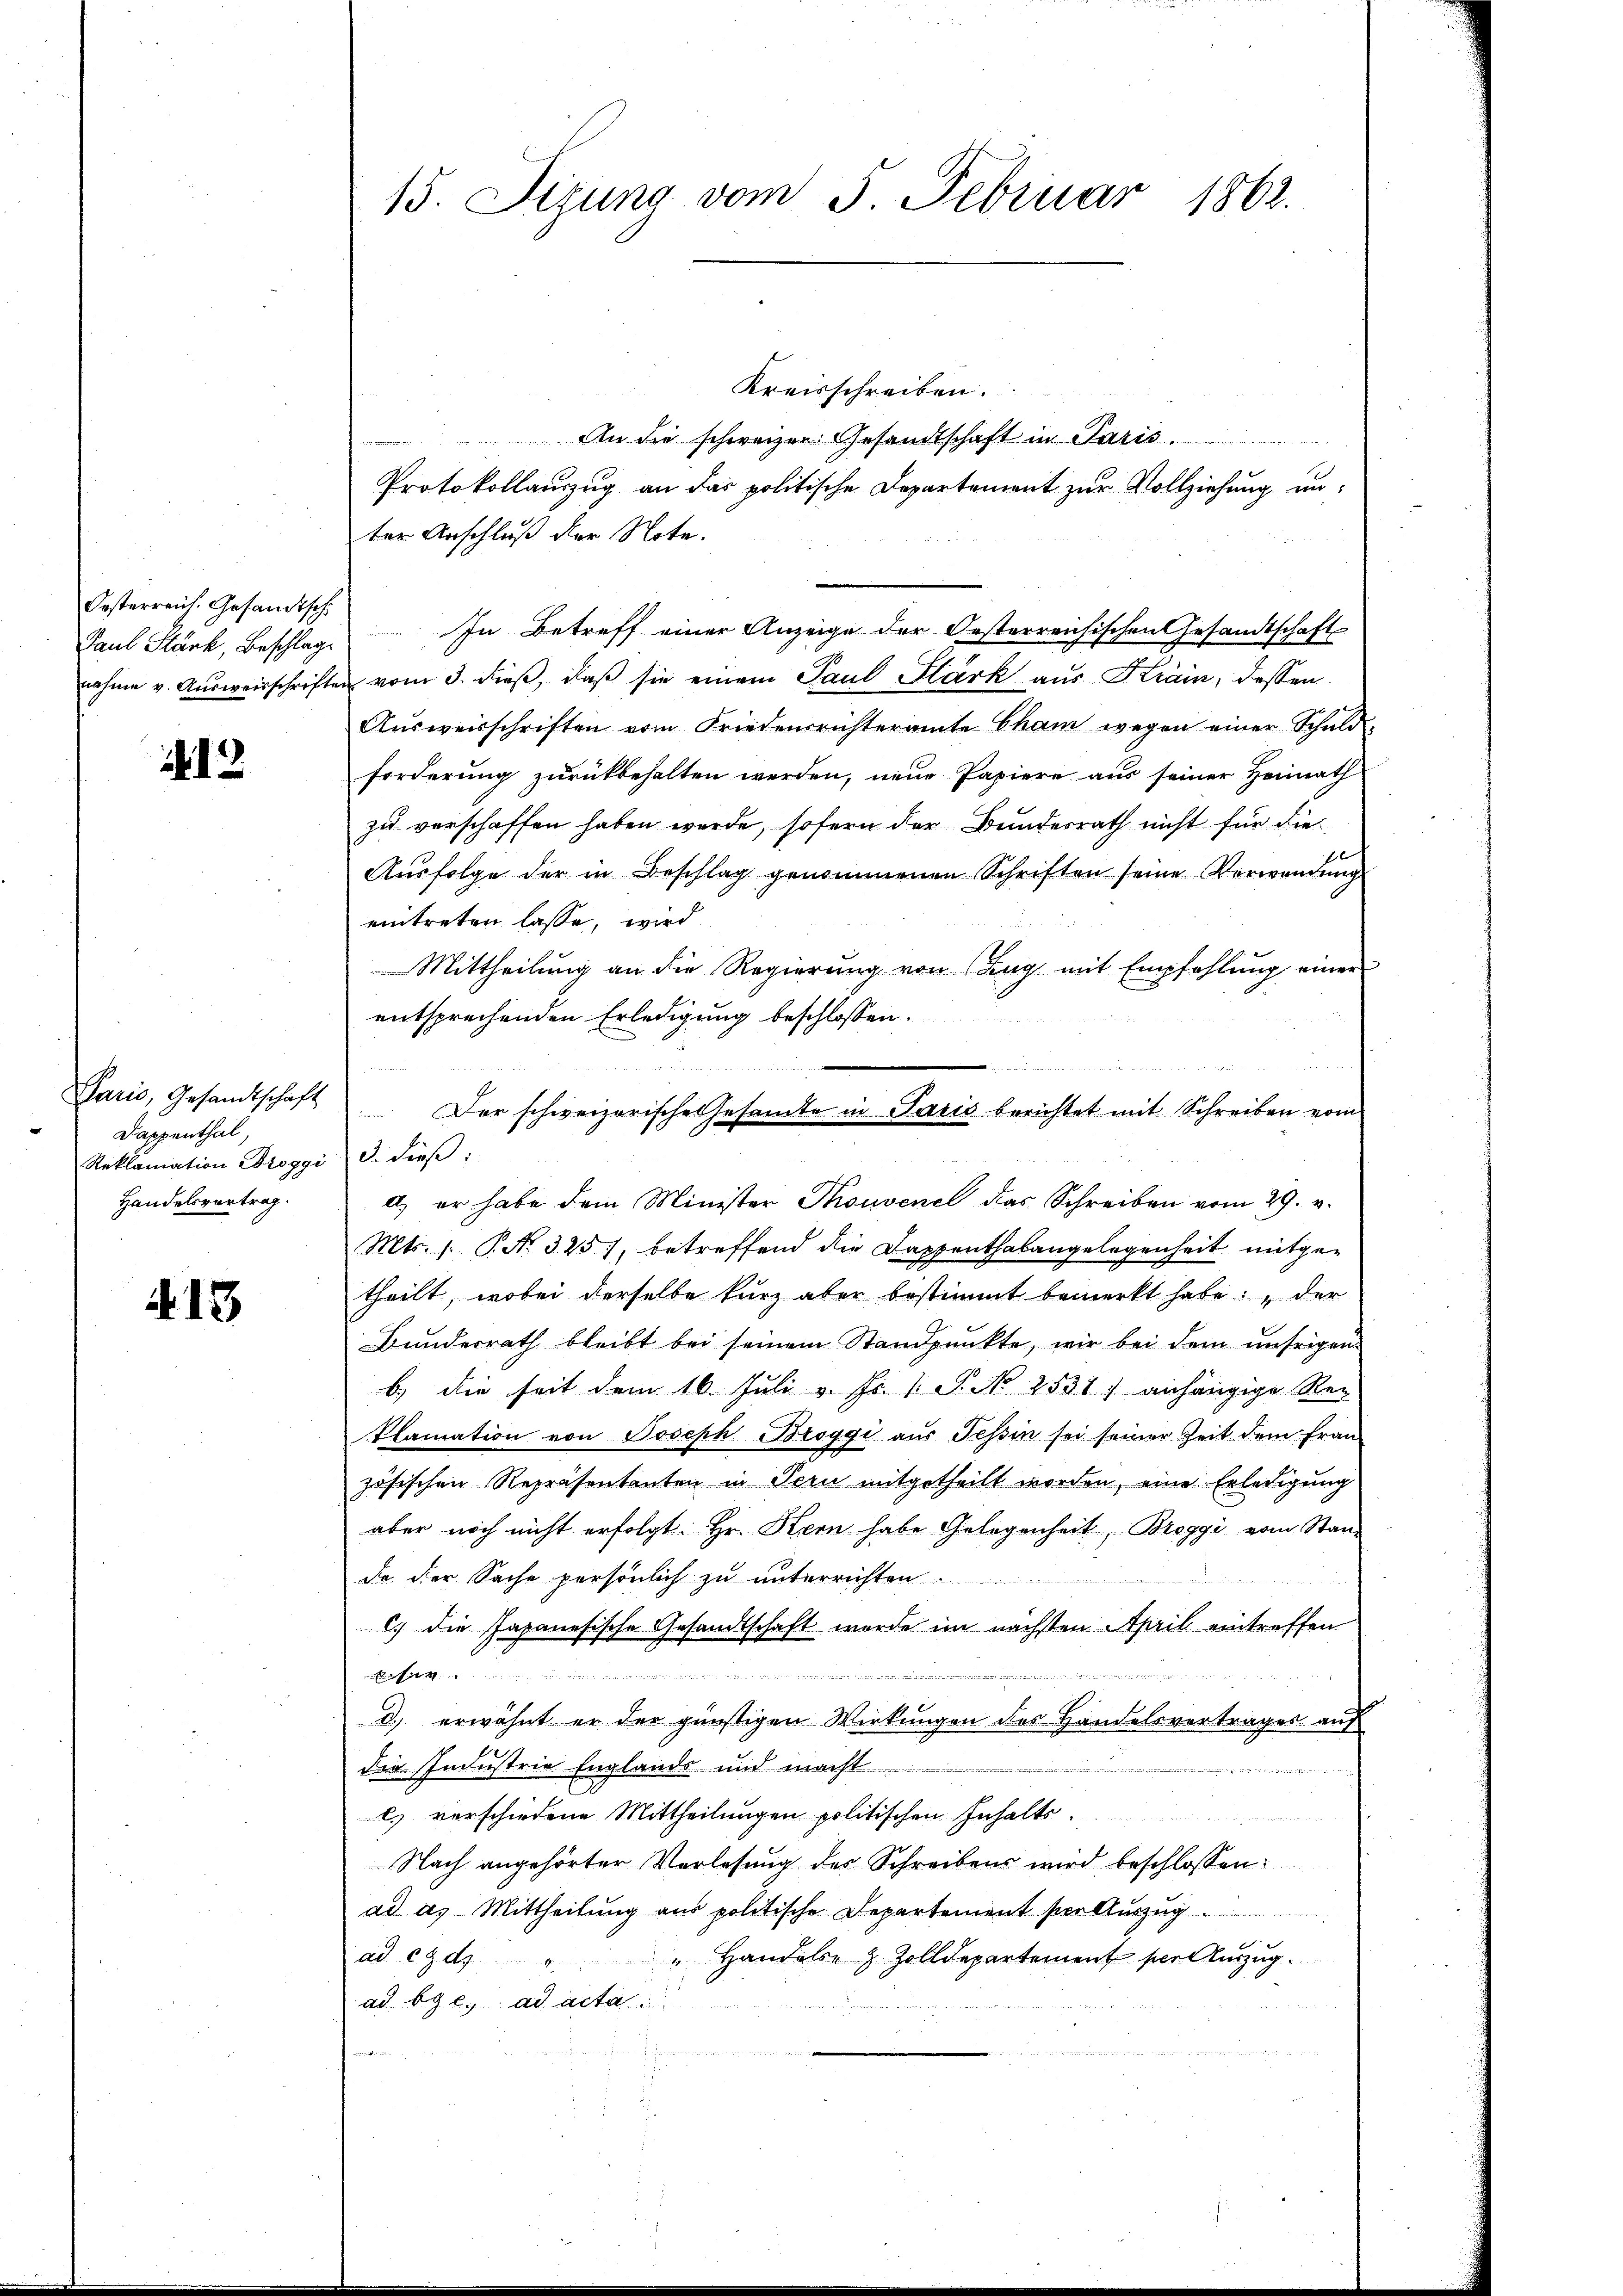
Oesterreich. Gesandtsch

13

Dappenthal,
Reklamation Droggi d. dieβ:
Handelsvertrag.

18

Kreisschreiben.
An die schweizer Gesandtschaft in Paris.
Protokollauszug an das politische Departement zur Vollziehung unter Anschluß der Note.
Paul Stärk, Beschlag. In Betreff einer Anzeige der Oesterreichischen Gesandtschaft
nahme v. Aŭsweisschriften vom 3. dieβ, daβ sie einem Paul Stark aus Krain, dessen
Aŭsweisschriften vom Friedensrichteramte Cham wegen einer Schuld-
forderung zurückbehalten werden, neue Papiere aus seiner Heimath
zu verschaffen haben werde, sofern der Bundesrath nicht für die
fx
Ausfolge der in Beschlag genommenen Schriften seine Verwendung
eintreten lasse, wird
Mittheilung an die Regierung von Zug mit Empfehlŭng einen
entsprechenden Erledigung beschlossen:
a. er habe dem Minister Thouvene das Schreiben vom 29. v.
Mts. 1. No. 325), betreffend die Dappenthalangelegenheit mitgetheilt, wobei derselbe kurz aber bestimmt bemerkt habe: „der
Bundesrath bleibt bei seinem Standpunkte, wir bei dem unsrigen
b.) die seit dem 16. Juli v. Js. S. No 2531) anhängige Rei
Plamation von Joseph Broggi aus Tessin sei seiner Zeit dem fran-
zösischen Repräsentanten in Pern mitgetheilt worden, eine Erledigung
aber noch nicht erfolgt. Hr. Stern habe Gelegenheit, Breggi vom Stand
do der Sache persönlich zu unterrichten
) die Japanesische Gesandtschaft wurde im nächsten April eintreffen

Leser

d.) erwähnt er der günstigen Wirkungen des Handelsvertrages auf
die Industrie Englands und macht.
l) verschiedene Mittheilungen politischen Inhalts
Nach angehörter Vorlesung des Schreibens wird beschlossen:
ad d. Mittheilung aus politische Departement ser Auszug.
" Handels z. Zolldepartement per Auszug
ad. C. Z.
ad by e. ad acta
i

15. Sizung vom 5. Februar 1862.

Paris, Gesandtschaft er schweizerische Gesamte in Paris berichtet mit Schreiben vom